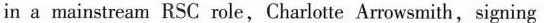
in a mainstream RSC role,Charlotte Arrowsmith,signing